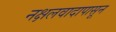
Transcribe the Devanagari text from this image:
नक्षलवादापासून